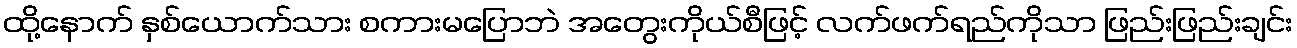
ထို့နောက် နှစ်ယောက်သား စကားမပြောဘဲ အတွေးကိုယ်စီဖြင့် လက်ဖက်ရည်ကိုသာ ဖြည်းဖြည်းချင်း